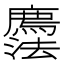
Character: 𢌇